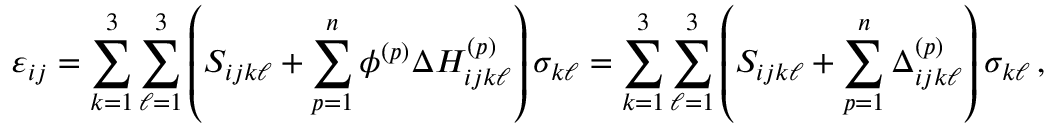
\varepsilon _ { i j } = \sum _ { k = 1 } ^ { 3 } \sum _ { \ell = 1 } ^ { 3 } \left( S _ { i j k \ell } + \sum _ { p = 1 } ^ { n } \phi ^ { ( p ) } \Delta H _ { i j k \ell } ^ { ( p ) } \right) \sigma _ { k \ell } = \sum _ { k = 1 } ^ { 3 } \sum _ { \ell = 1 } ^ { 3 } \left( S _ { i j k \ell } + \sum _ { p = 1 } ^ { n } \Delta _ { i j k \ell } ^ { ( p ) } \right) \sigma _ { k \ell } \, ,